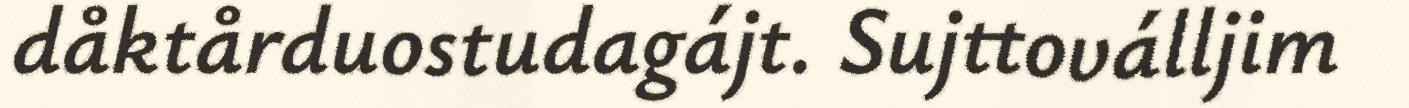
dåktårduostudagájt. Sujttoválljim